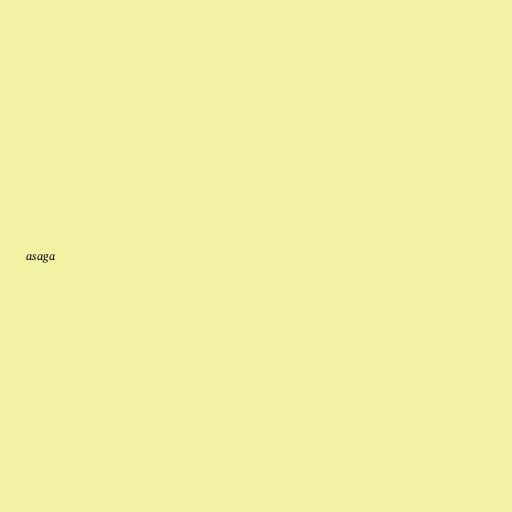
asaga